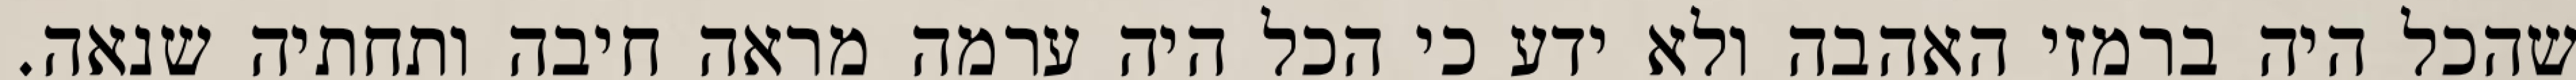
שהכל היה ברמזי האהבה ולא ידע כי הכל היה ערמה מראה חיבה ותחתיה שנאה.